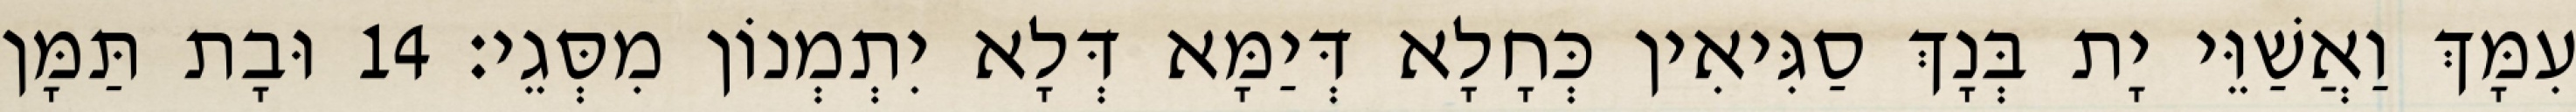
עִמָּךְ וַאֲשַׁוֵּי יָת בְּנָךְ סַגִּיאִין כְּחָלָא דְּיַמָּא דְּלָא יִתְמְנוֹן מִסְּגֵי׃ 14 וּבָת תַּמָּן